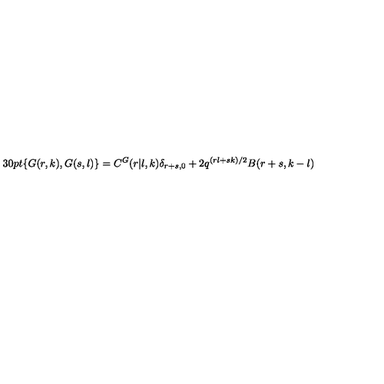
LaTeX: \hspace { - 1 3 0 p t } \{ G ( r , k ) , G ( s , l ) \} = C ^ { G } ( r \vert l , k ) \delta _ { r + s , 0 } + 2 q ^ { ( r l + s k ) / 2 } B ( r + s , k - l )